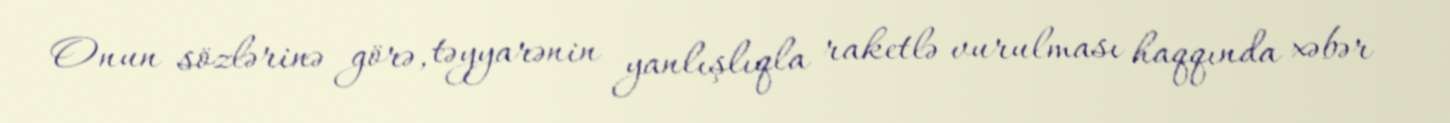
Onun sözlərinə görə, təyyarənin yanlışlıqla raketlə vurulması haqqında xəbər